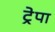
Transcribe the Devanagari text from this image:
ट्रेपा